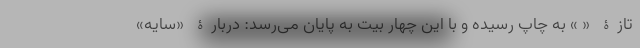
تازۀ « » به چاپ رسیده و با این چهار بیت به پایان می‌رسد: دربارۀ «سایه»